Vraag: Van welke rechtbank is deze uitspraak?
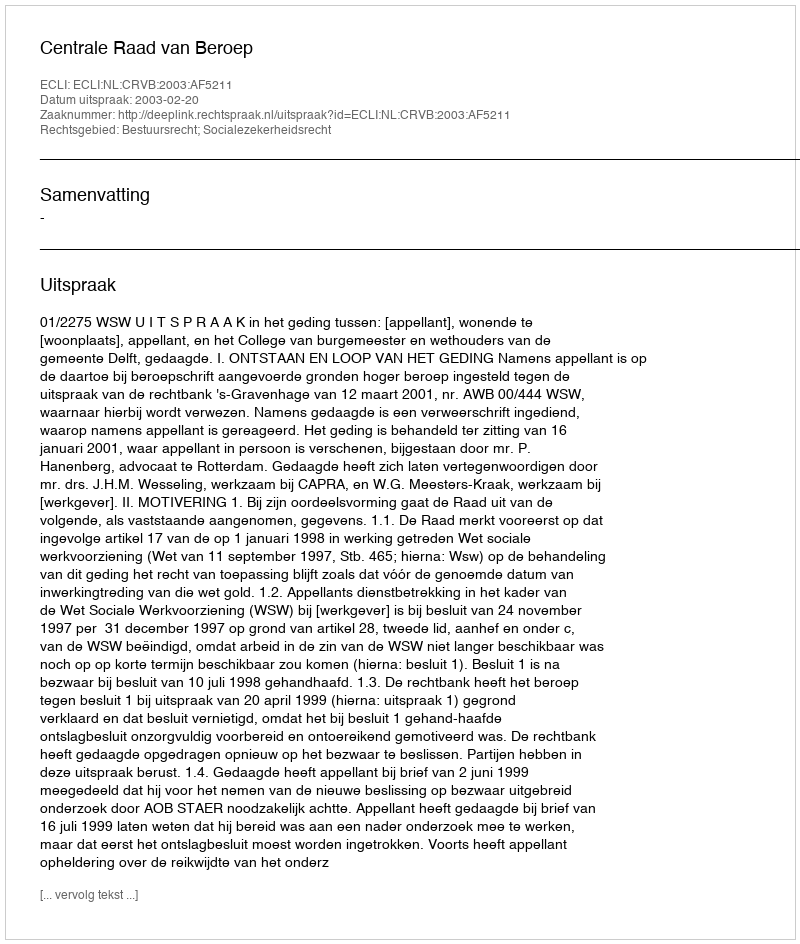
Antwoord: Centrale Raad van Beroep